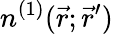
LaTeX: n^{(1)}(\vec{r};\vec{r}^{\prime})